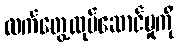
လက်တွေ့လုပ်ဆောင်မှုကို